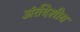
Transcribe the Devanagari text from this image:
अंर्तदेशीय